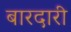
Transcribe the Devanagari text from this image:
बारदारी